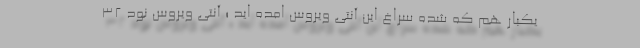
یکبار هم که شده سراغ این آنتی ویروس امده اید ؛ آنتی ویروس نود 32